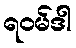
ရဝမ်ဒါ